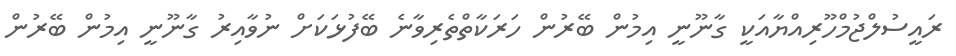
ރައީސުލްޖުމްހޫރިއްޔާއަކީ ގާނޫނީ އިމުން ބޭރުން ހަރަކާތްތެރިވާނެ ބޭފުޅަކަށް ނުވާއިރު ގާނޫނީ އިމުން ބޭރުން